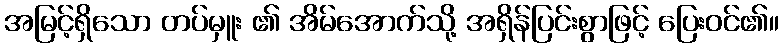
အမြင့်ရှိသော တပ်မှူး ၏ အိမ်အောက်သို့ အရှိန်ပြင်းစွာဖြင့် ပြေးဝင်၏။